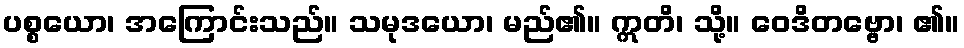
ပစ္စယော၊ အကြောင်းသည်။ သမုဒယော၊ မည်၏။ ဣတိ၊ သို့။ ဝေဒိတဗ္ဗော၊ ၏။